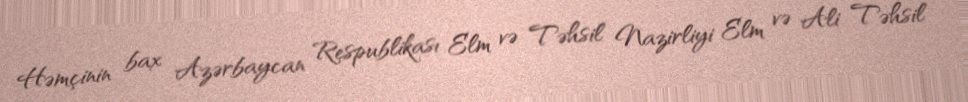
Həmçinin bax Azərbaycan Respublikası Elm və Təhsil Nazirliyi Elm və Ali Təhsil